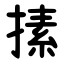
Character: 㨞